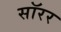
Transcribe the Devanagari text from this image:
सॉरर